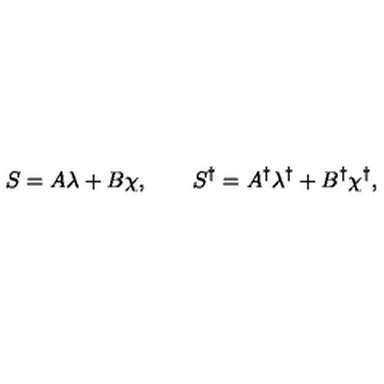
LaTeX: S = A \lambda + B \chi , \qquad S ^ { \dagger } = A ^ { \dagger } \lambda ^ { \dagger } + B ^ { \dagger } \chi ^ { \dagger } ,